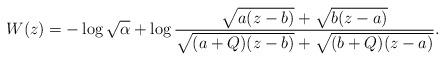
LaTeX: \begin{align*}W(z)=-\log\sqrt{\alpha}+\log\frac{\sqrt{a(z-b)}+\sqrt{b(z-a)}}{\sqrt{(a+Q)(z-b)}+\sqrt{(b+Q)(z-a)}}.\end{align*}